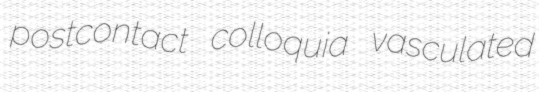
postcontact colloquia vasculated